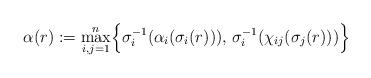
LaTeX: \begin{align*} \alpha(r) := \max_{i, j=1}^{n} \!\Big\{ \sigma_i^{-1}(\alpha_i(\sigma_i(r))),\, \sigma_i^{-1}(\chi_{ij}(\sigma_j(r))) \Big\}\end{align*}